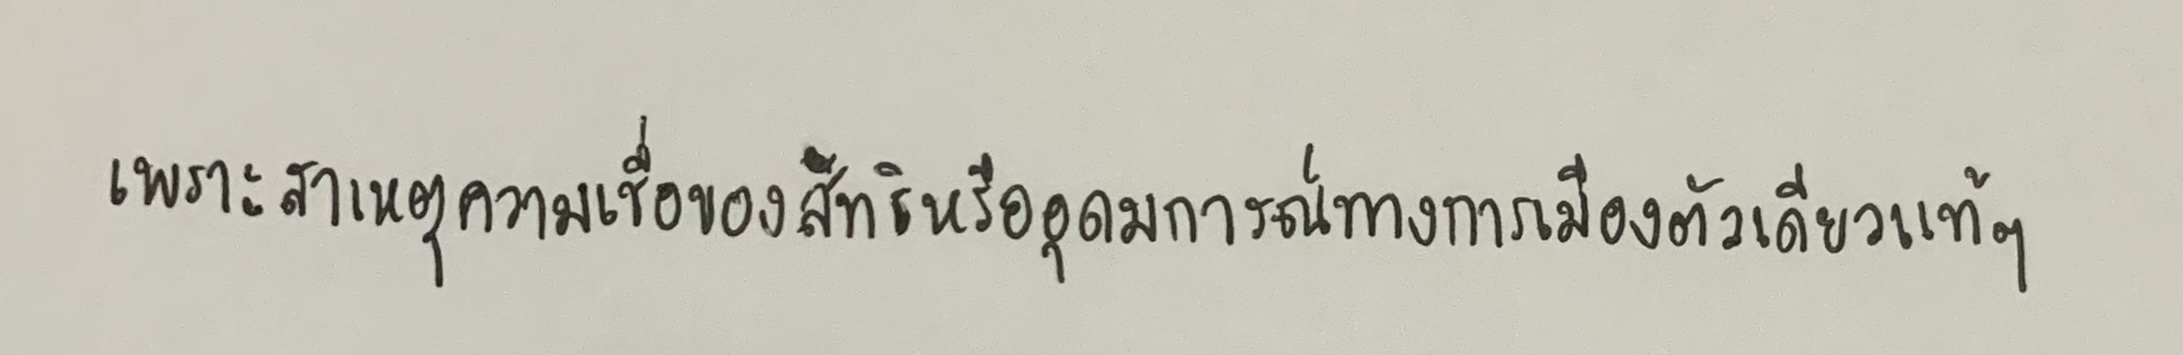
เพราะสาเหตุความเชื่อของลัทธิหรืออุดมการณ์ทางการเมืองตัวเดียวแท้ๆ